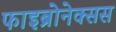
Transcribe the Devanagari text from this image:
फाइब्रोनेक्सस